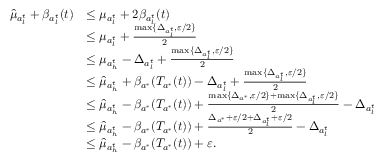
\begin{array} { r l } { \hat { \mu } _ { a _ { l } ^ { t } } + \beta _ { a _ { l } ^ { t } } ( t ) } & { \le \mu _ { a _ { l } ^ { t } } + 2 \beta _ { a _ { l } ^ { t } } ( t ) } \\ & { \le \mu _ { a _ { l } ^ { t } } + \frac { \operatorname* { m a x } \{ \Delta _ { a _ { l } ^ { t } } , \varepsilon / 2 \} } { 2 } } \\ & { \le \mu _ { a _ { h } ^ { t } } - \Delta _ { a _ { l } ^ { t } } + \frac { \operatorname* { m a x } \{ \Delta _ { a _ { l } ^ { t } } , \varepsilon / 2 \} } { 2 } } \\ & { \le \hat { \mu } _ { a _ { h } ^ { t } } + \beta _ { a ^ { * } } ( T _ { a ^ { * } } ( t ) ) - \Delta _ { a _ { l } ^ { t } } + \frac { \operatorname* { m a x } \{ \Delta _ { a _ { l } ^ { t } } , \varepsilon / 2 \} } { 2 } } \\ & { \le \hat { \mu } _ { a _ { h } ^ { t } } - \beta _ { a ^ { * } } ( T _ { a ^ { * } } ( t ) ) + \frac { \operatorname* { m a x } \{ \Delta _ { a ^ { * } } , \varepsilon / 2 \} + \operatorname* { m a x } \{ \Delta _ { a _ { l } ^ { t } } , \varepsilon / 2 \} } { 2 } - \Delta _ { a _ { l } ^ { t } } } \\ & { \le \hat { \mu } _ { a _ { h } ^ { t } } - \beta _ { a ^ { * } } ( T _ { a ^ { * } } ( t ) ) + \frac { \Delta _ { a ^ { * } } + \varepsilon / 2 + \Delta _ { a _ { l } ^ { t } } + \varepsilon / 2 } { 2 } - \Delta _ { a _ { l } ^ { t } } } \\ & { \le \hat { \mu } _ { a _ { h } ^ { t } } - \beta _ { a ^ { * } } ( T _ { a ^ { * } } ( t ) ) + \varepsilon . } \end{array}